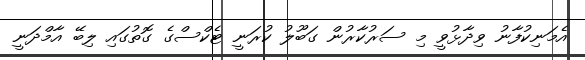
އެމަނިކުފާނު ވިދާޅުވީ މި ސަރުކާރުން ގަބޫލު ކުރަނީ ޓެކްސްގެ ގޮތުގައި ލިބޭ އާމްދަނީ